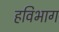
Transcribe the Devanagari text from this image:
हविभाग